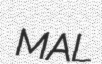
MAL